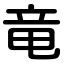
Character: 竜